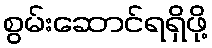
စွမ်းဆောင်ရရှိဖို့